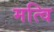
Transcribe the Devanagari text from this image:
मत्वि